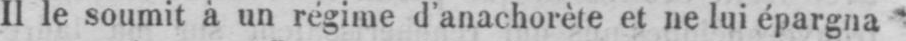
Il le soumit à un régime d’anachorète et ne lui épargna